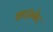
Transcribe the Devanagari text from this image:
इन्ट्रानेट